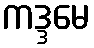
ကဒ္ဒမေ